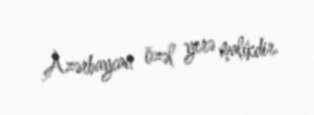
Azərbaycan özəl yerə malikdir.